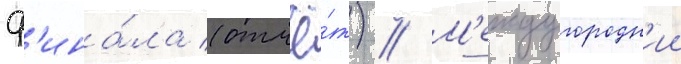
ф'ина́ла (отчё́т) // М'еждугородн'ии